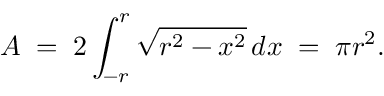
A \; = \; 2 \int _ { - r } ^ { r } { \sqrt { r ^ { 2 } - x ^ { 2 } } } \, d x \; = \; \pi r ^ { 2 } .